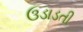
ઉડાડતી